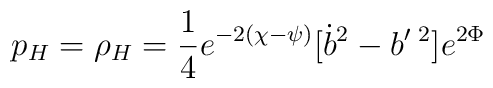
p_H=\rho _H=\frac 14e^{-2(\chi -\psi )}[\dot b^2-b^{\prime}{}^{\;2}]e^{2\Phi }